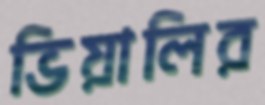
ভিয়ালির